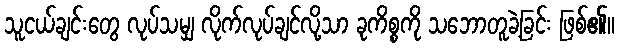
သူငယ်ချင်းတွေ လုပ်သမျှ လိုက်လုပ်ချင်လို့သာ ခုကိစ္စကို သဘောတူခဲ့ခြင်း ဖြစ်၏။